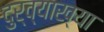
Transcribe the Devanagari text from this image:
दुर्व्याख्या